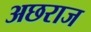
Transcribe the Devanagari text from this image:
अछराज